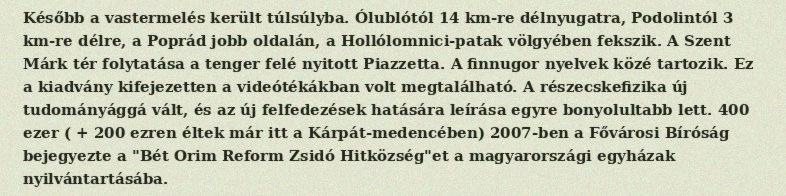
Később a vastermelés került túlsúlyba. Ólublótól 14 km-re délnyugatra, Podolintól 3 km-re délre, a Poprád jobb oldalán, a Hollólomnici-patak völgyében fekszik. A Szent Márk tér folytatása a tenger felé nyitott Piazzetta. A finnugor nyelvek közé tartozik. Ez a kiadvány kifejezetten a videótékákban volt megtalálható. A részecskefizika új tudományággá vált, és az új felfedezések hatására leírása egyre bonyolultabb lett. 400 ezer ( + 200 ezren éltek már itt a Kárpát-medencében) 2007-ben a Fővárosi Bíróság bejegyezte a "Bét Orim Reform Zsidó Hitközség"et a magyarországi egyházak nyilvántartásába.